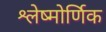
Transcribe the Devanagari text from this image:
श्लेष्मोर्णिक